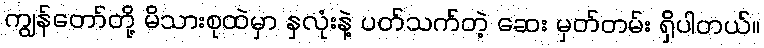
ကျွန်တော်တို့ မိသားစုထဲမှာ နှလုံးနဲ့ ပတ်သက်တဲ့ ဆေး မှတ်တမ်း ရှိပါတယ်။